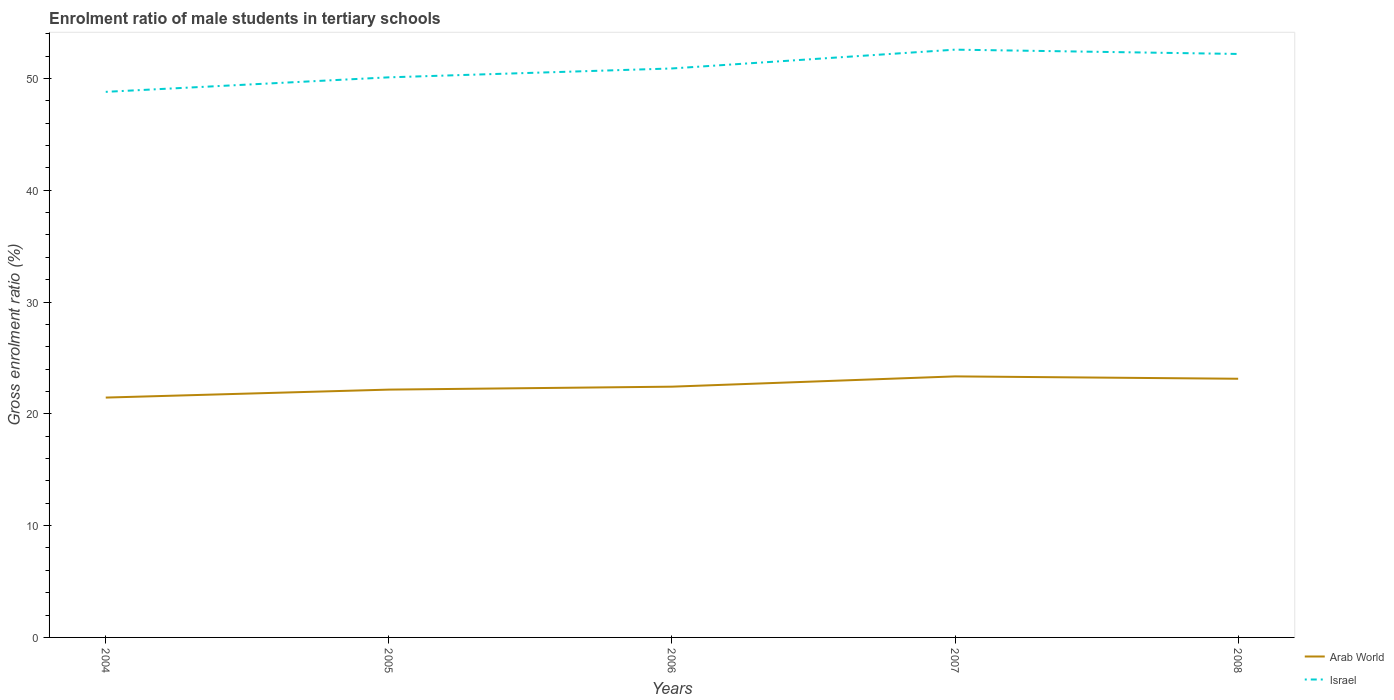
| Years | Arab World | Israel |
 | --- | --- | --- |
 | 2004 | 21.5 | 48.8 |
 | 2005 | 22.2 | 50.1 |
 | 2006 | 22.4 | 50.9 |
 | 2007 | 23.3 | 52.6 |
 | 2008 | 23.1 | 52.2 |